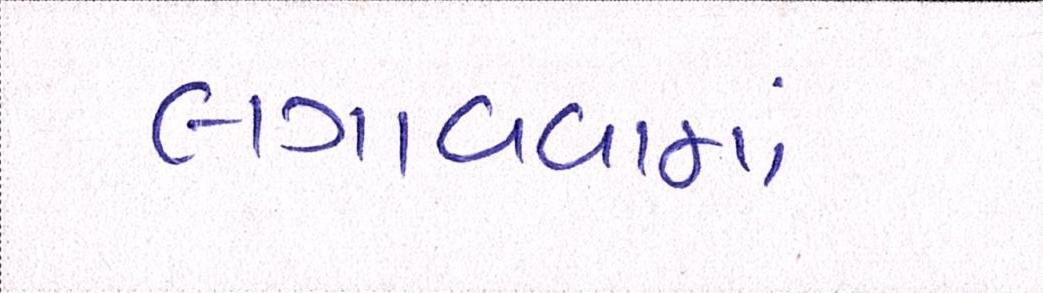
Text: લગાવવામાં